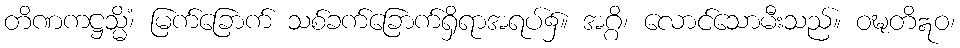
တိဏကဋ္ဌသ္မိံ၊ မြက်ခြောက် သစ်ခက်ခြောက်ရှိရာအရပ်၌။ အဂ္ဂိ၊ လောင်သောမီးသည်။ ဝဍ္ဎတိဣဝ၊